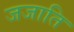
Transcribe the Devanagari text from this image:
जजाति